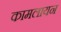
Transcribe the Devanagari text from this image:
कामलायन